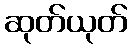
ဆုတ်ယုတ်